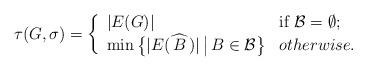
LaTeX: \begin{align*}\tau(G,\sigma)=\left\{ \begin{array}{ll}|E(G)| & \mbox{if}\ \mathcal B=\emptyset; \\\min\big \{|E(\widehat{\,B\,})|\, \big |\,B\in \mathcal B\big \} & otherwise. \end{array} \right.\end{align*}